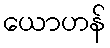
ယောဟန်